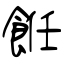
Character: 餁